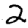
Digit: 2